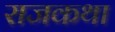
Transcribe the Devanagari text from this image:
राजकथा